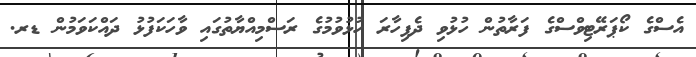
އެސްގެ ކޯޕަރޭޓިވްސްގެ ފަރާތުން ހުޅުވި ދެފިހާރަ ހުޅުވުމުގެ ރަސްމިއްޔާތުގައި ވާހަކަފުޅު ދައްކަވަމުން ޑރ.